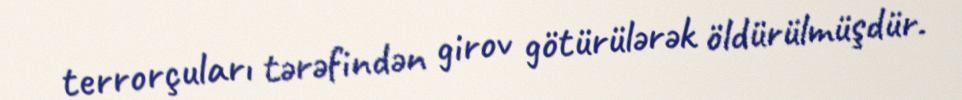
terrorçuları tərəfindən girov götürülərək öldürülmüşdür.